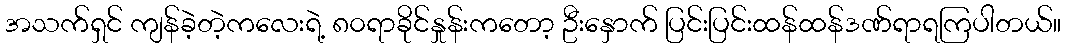
အသက်ရှင် ကျန်ခဲ့တဲ့ကလေးရဲ့ ၈၀ရာခိုင်နှုန်းကတော့ ဦးနှောက် ပြင်းပြင်းထန်ထန်ဒဏ်ရာရကြပါတယ်။